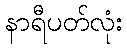
နာရီပတ်လုံး